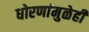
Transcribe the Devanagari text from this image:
धोरणांमुळेही